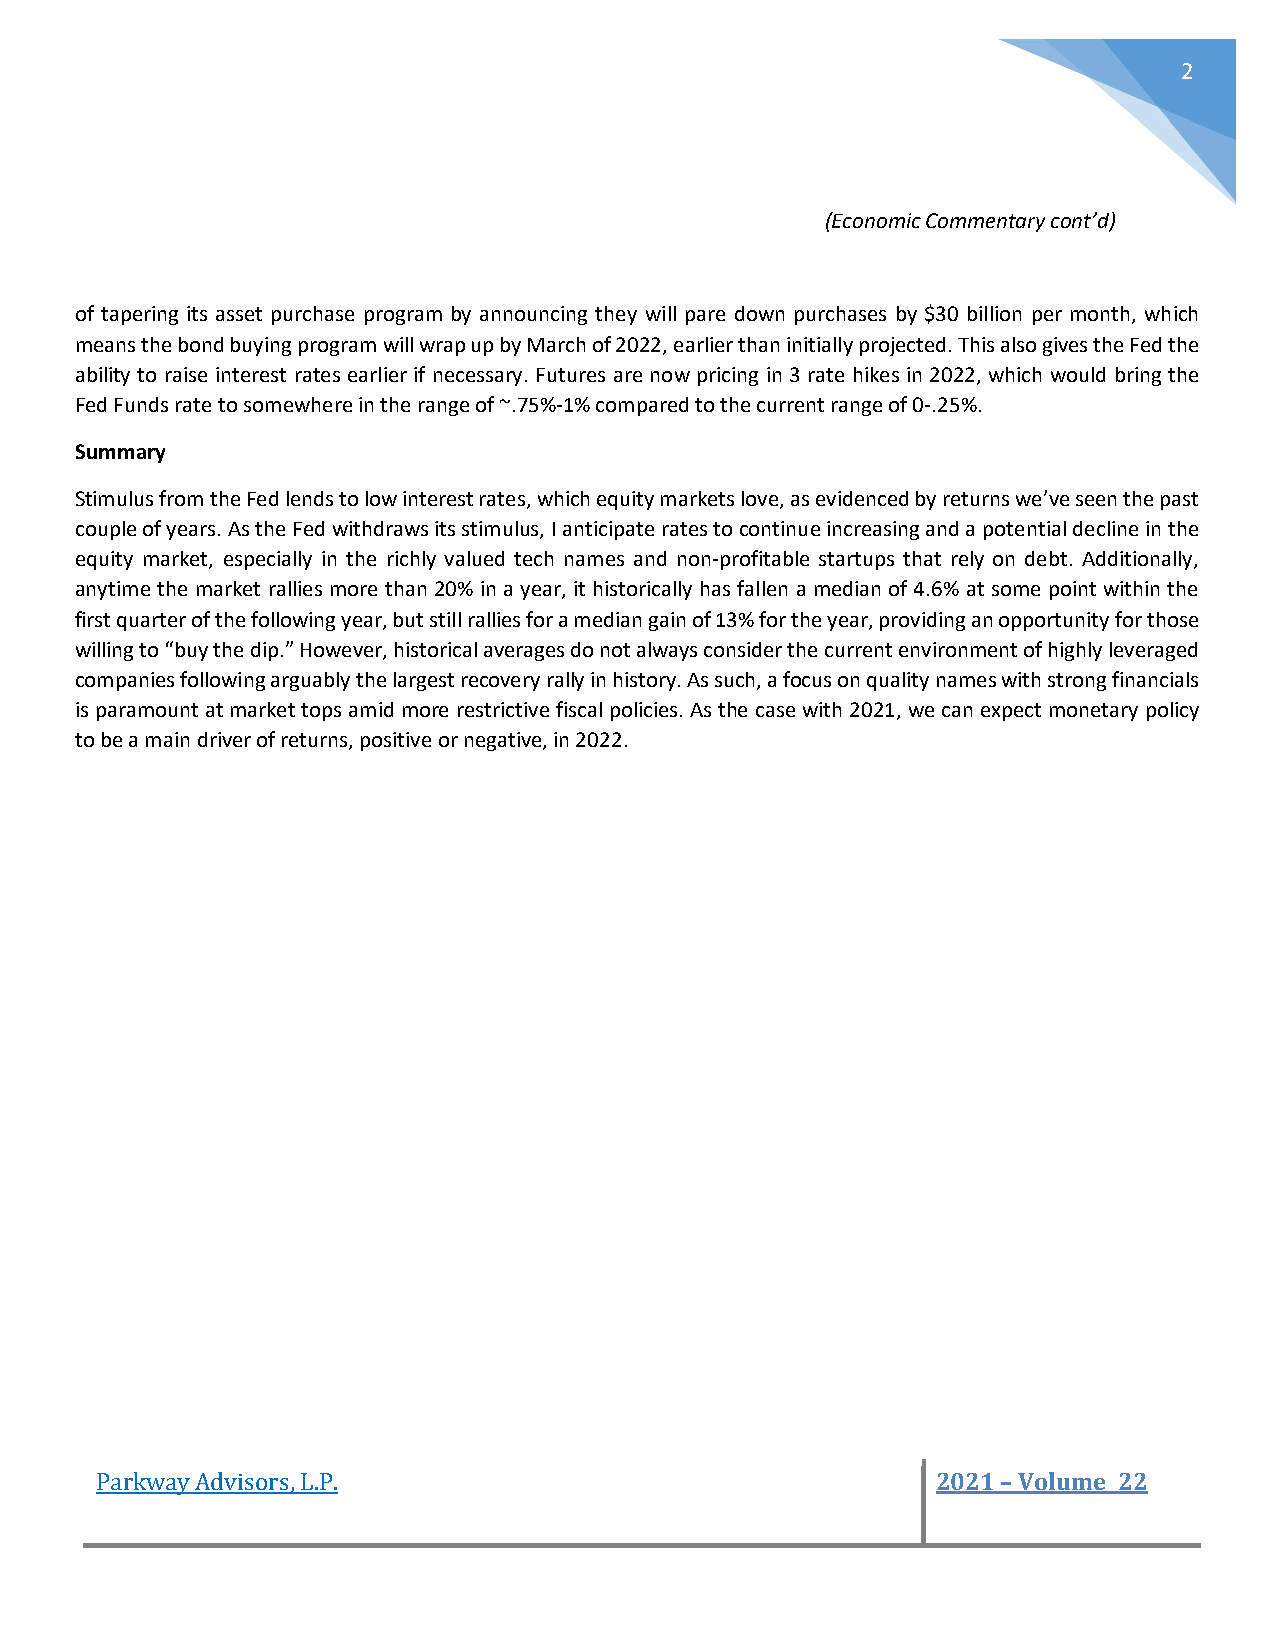
2
 (Economic Commentary cont’d)
 of tapering its asset purchase program by announcing they will pare down purchases by $30 billion per month, which
 means the bond buying program will wrap up by March of 2022, earlier than initially projected. This also gives the Fed the
 ability to raise interest rates earlier if necessary. Futures are now pricing in 3 rate hikes in 2022, which would bring the
 Fed Funds rate to somewhere in the range of ~.75%-1% compared to the current range of 0-.25%.
 Summary
 Stimulus from the Fed lends to low interest rates, which equity markets love, as evidenced by returns we’ve seen the past
 couple of years. As the Fed withdraws its stimulus, I anticipate rates to continue increasing and a potential decline in the
 equity market, especially in the richly valued tech names and non-profitable startups that rely on debt. Additionally,
 anytime the market rallies more than 20% in a year, it historically has fallen a median of 4.6% at some point within the
 first quarter of the following year, but still rallies for a median gain of 13% for the year, providing an opportunity for those
 willing to “buy the dip.” However, historical averages do not always consider the current environment of highly leveraged
 companies following arguably the largest recovery rally in history. As such, a focus on quality names with strong financials
 is paramount at market tops amid more restrictive fiscal policies. As the case with 2021, we can expect monetary policy
 to be a main driver of returns, positive or negative, in 2022.
 Parkway Advisors, L.P.                                  2021 – Volume 22